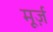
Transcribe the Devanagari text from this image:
मूर्ज़